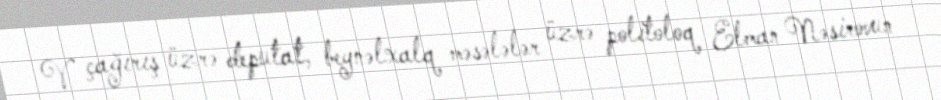
V çağırış üzrə deputat, beynəlxalq məsələlər üzrə politoloq Elman Nəsirovun